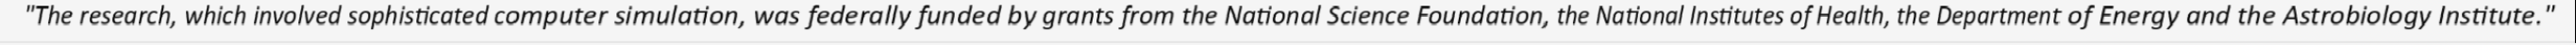
"The research, which involved sophisticated computer simulation, was federally funded by grants from the National Science Foundation, the National Institutes of Health, the Department of Energy and the Astrobiology Institute."